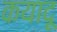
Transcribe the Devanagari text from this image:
कयादू